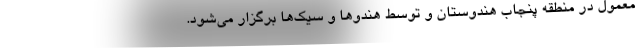
معمول در منطقه پنجاب هندوستان و توسط هندو‌ها و سیک‌ها برگزار می‌شود.